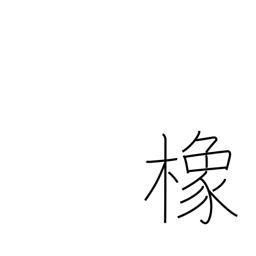
Meaning: horse chestnut